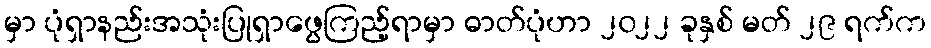
မှာ ပုံရှာနည်းအသုံးပြုရှာဖွေကြည့်ရာမှာ ဓာတ်ပုံဟာ ၂၀၂၂ ခုနှစ် မတ် ၂၉ ရက်က